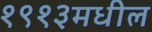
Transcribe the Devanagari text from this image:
१९१३मधील